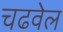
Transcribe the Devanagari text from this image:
चढवेल